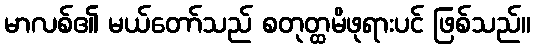
မာလစ်၏ မယ်တော်သည် စတုတ္ထမိဖုရားပင် ဖြစ်သည်။